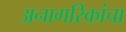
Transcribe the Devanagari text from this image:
अनागरिकांचा